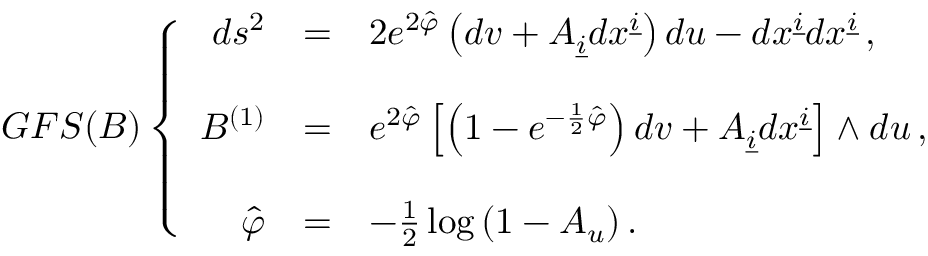
G F S ( B ) \left\{ \begin{array} { r c l } { { d s ^ { 2 } } } & { { = } } & { { 2 e ^ { 2 \hat { \varphi } } \left( d v + { \cal A } _ { \underline { { { i } } } } d x ^ { \underline { { { i } } } } \right) d u - d x ^ { \underline { { { i } } } } d x ^ { \underline { { { i } } } } \, , } } \\ { { } } & { { } } & { { } } \\ { { { \cal { B } } ^ { ( 1 ) } } } & { { = } } & { { e ^ { 2 \hat { \varphi } } \left[ \left( 1 - e ^ { - \frac { 1 } { 2 } \hat { \varphi } } \right) d v + { \cal A } _ { \underline { { { i } } } } d x ^ { \underline { { { i } } } } \right] \wedge d u \, , } } \\ { { } } & { { } } & { { } } \\ { { \hat { \varphi } } } & { { = } } & { { - \frac { 1 } { 2 } \log { ( 1 - { \cal A } _ { u } ) } \, . } } \end{array} \right.